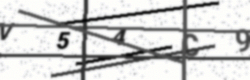
Text: V54C9